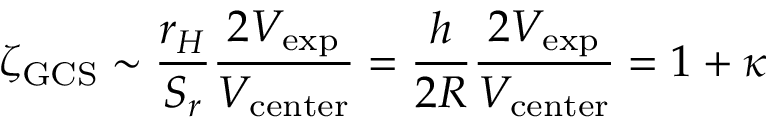
\zeta _ { \mathrm { { G C S } } } \sim \frac { r _ { H } } { S _ { r } } \frac { 2 V _ { \mathrm { { e x p } } } } { V _ { \mathrm { c e n t e r } } } = \frac { h } { 2 R } \frac { 2 V _ { \mathrm { { e x p } } } } { V _ { \mathrm { c e n t e r } } } = 1 + \kappa